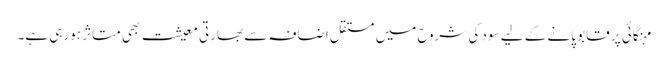
مہنگائی پر قابو پانے کے لیے سود کی شروح میں مستقل اضافہ سے بھارتی معیشت بھی متاثر ہورہی ہے۔